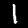
Digit: 1